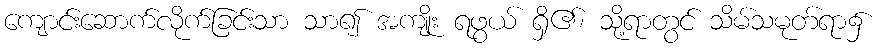
ကျောင်းဆောက်လိုက်ခြင်းသာ သာ၍ အကျိုး ရဖွယ် ရှိ၏၊ သို့ရာတွင် သိမ်သမုတ်ရာ၌